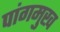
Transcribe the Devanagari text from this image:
पांगमुख